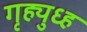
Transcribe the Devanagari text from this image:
गृह्युध्ह